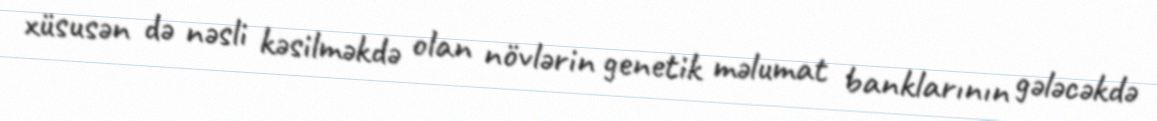
xüsusən də nəsli kəsilməkdə olan növlərin genetik məlumat banklarının gələcəkdə